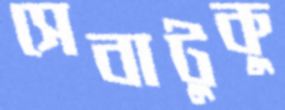
সেবাটুকু